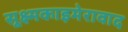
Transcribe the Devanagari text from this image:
सूक्ष्मकाइमेरावाद